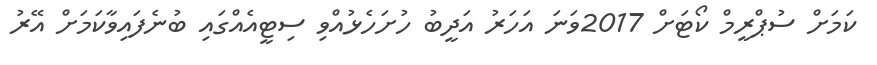
ކަމަށް ސުޕްރީމް ކޯޓަށް 2017ވަނަ އަހަރު އަދީބު ހުށަހެޅުއްވި ސިޓީއެއްގަައި ބުނެފައިވާކަމަށް އޭރު